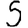
Digit: 5